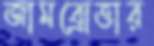
জামব্রোত্তার